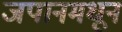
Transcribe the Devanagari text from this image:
जपानमधून